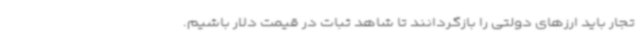
تجار باید ارزهای دولتی را بازگردانند تا شاهد ثبات در قیمت دلار باشیم.